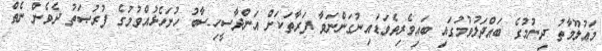
މަޢުލޫމާތު ދިނުމުގެ ބައްދަލުވުމުގައި ބައިވެރިވެވަޑައިނުގަންނަވާ ފަރާތަކަށް އަންދާސީހިސާބު ހުށަހެޅުއްވުމުގެ ފުރުޞަތު ދެވެން ނެތް